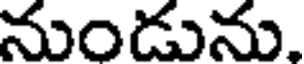
నుండును.